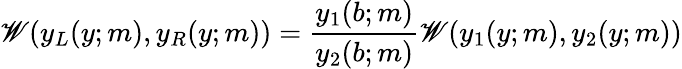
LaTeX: \mathscr{W}(y_{L}(y;m),y_{R}(y;m))=\frac{y_{1}(b;m)}{y_{2}(b;m)}\mathscr{W}(y_{1}(y;m),y_{2}(y;m))